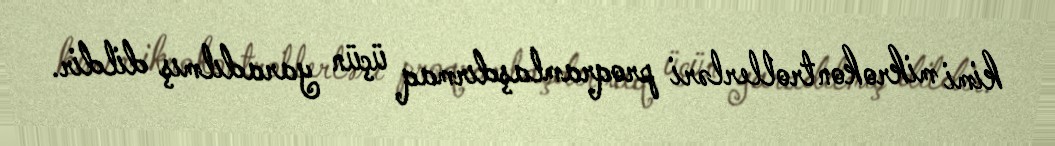
kimi mikrokontrollerləri proqramlaşdırmaq üçün yaradılmış dildir.